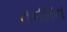
તનમન